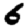
Digit: 6